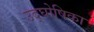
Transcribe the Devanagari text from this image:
उद्‌घोषिका